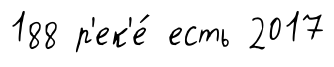
188 р'ек'е́ есть 2017